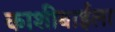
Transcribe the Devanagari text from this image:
काशीबाईला